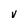
Character: v